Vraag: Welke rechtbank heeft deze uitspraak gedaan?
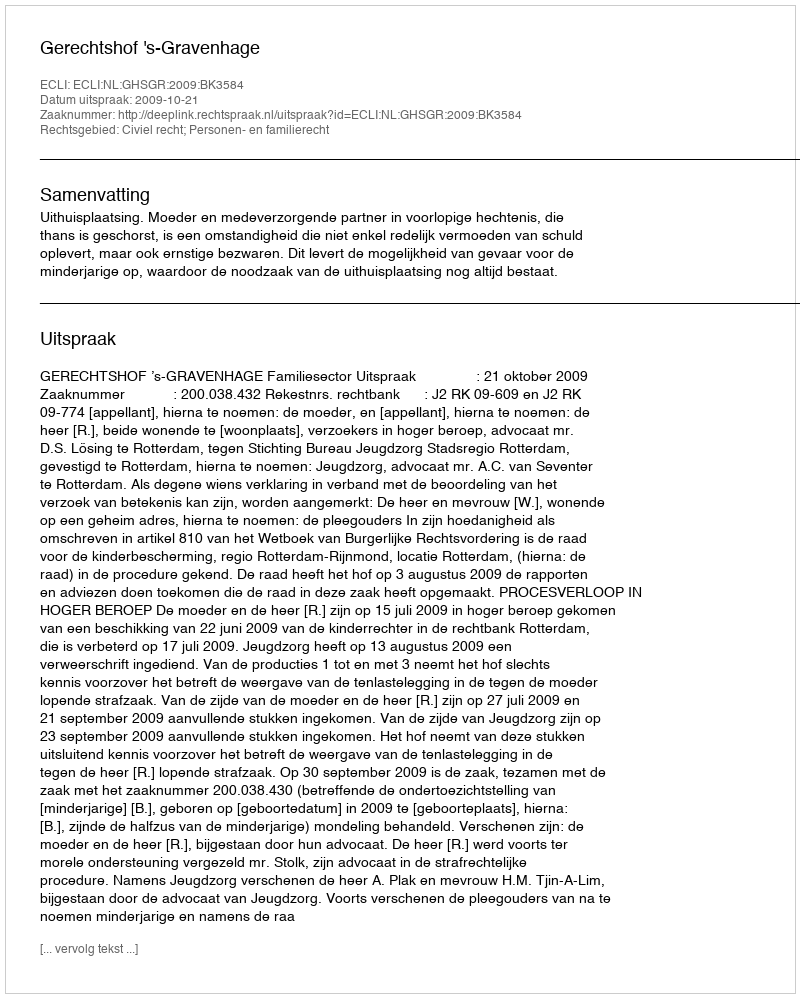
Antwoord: Gerechtshof 's-Gravenhage